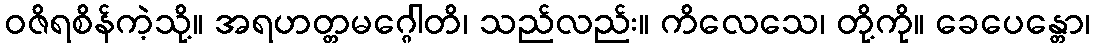
ဝဇိရစိန်ကဲ့သို့။ အရဟတ္တမဂ္ဂေါတိ၊ သည်လည်း။ ကိလေသေ၊ တို့ကို။ ခေပေန္တော၊